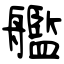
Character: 艦